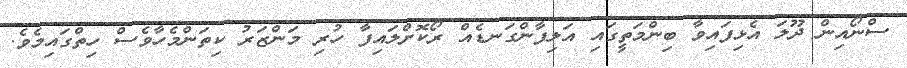
ސްނޯއިން ދޫލަ އެޅިފައިވާ ބިންމަތީގައި އަލިފާންގަނޑެއް ރޯކޮށްލައިފާ ހުރި މަންޒަރު ކިތަންމެހާވެސް ހިތްގައިމެވެ.